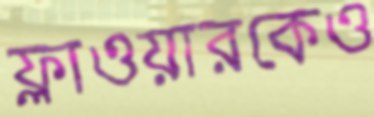
ফ্লাওয়ারকেও